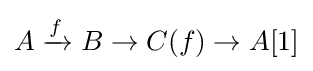
A\xrightarrow {f} B\to C(f)\to A[1]